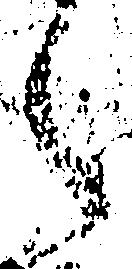
之